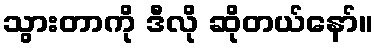
သွားတာကို ဒီလို ဆိုတယ်နော်။